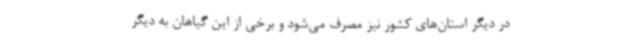
در دیگر استان‌های کشور نیز مصرف می‌شود و برخی از این گیاهان به دیگر